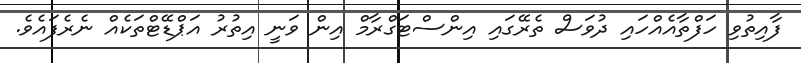
ފާއިތުވި ހަފްތާއެއްހައި ދުވަސް ތެރޭގައި އިންސްޓަގްރާމް އިން ވަނީ އިތުރު އަޕްޑޭޓްތަކެއް ނެރެފައެވެ.